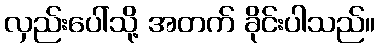
လှည်းပေါ်သို့ အတက် ခိုင်းပါသည်။